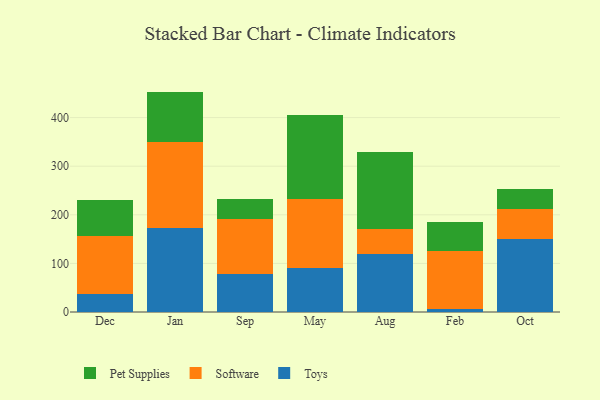
{"axis": {"x": "Month", "y": "Market Share (%)"}, "legend": ["Pet Supplies", "Software", "Toys"], "data": [{"x": "Dec", "y": 37.6, "type": "Toys"}, {"x": "Dec", "y": 118.2, "type": "Software"}, {"x": "Dec", "y": 75.0, "type": "Pet Supplies"}, {"x": "Jan", "y": 173.5, "type": "Toys"}, {"x": "Jan", "y": 176.8, "type": "Software"}, {"x": "Jan", "y": 103.2, "type": "Pet Supplies"}, {"x": "Sep", "y": 78.8, "type": "Toys"}, {"x": "Sep", "y": 111.9, "type": "Software"}, {"x": "Sep", "y": 42.8, "type": "Pet Supplies"}, {"x": "May", "y": 91.4, "type": "Toys"}, {"x": "May", "y": 140.5, "type": "Software"}, {"x": "May", "y": 172.5, "type": "Pet Supplies"}, {"x": "Aug", "y": 118.5, "type": "Toys"}, {"x": "Aug", "y": 51.8, "type": "Software"}, {"x": "Aug", "y": 158.1, "type": "Pet Supplies"}, {"x": "Feb", "y": 5.6, "type": "Toys"}, {"x": "Feb", "y": 120.5, "type": "Software"}, {"x": "Feb", "y": 58.8, "type": "Pet Supplies"}, {"x": "Oct", "y": 149.9, "type": "Toys"}, {"x": "Oct", "y": 61.8, "type": "Software"}, {"x": "Oct", "y": 40.7, "type": "Pet Supplies"}]}